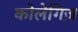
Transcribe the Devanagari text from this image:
कोलेगिज़